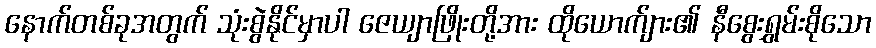
နောက်တစ်ခုအတွက် သုံးစွဲနိုင်မှာပါ ဇေယျာဖြိုးတို့အား ထိုယောက်ျား၏ နီစွေးရွှမ်းစိုသော